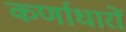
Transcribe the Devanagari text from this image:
कर्णाधारों